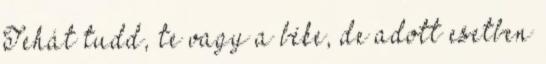
Tehát tudd, te vagy a béke, de adott esetben